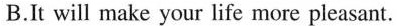
B.It will make your life more pleasant.